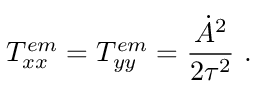
T _ { x x } ^ { e m } = T _ { y y } ^ { e m } = \frac { \dot { A } ^ { 2 } } { 2 \tau ^ { 2 } } \ .